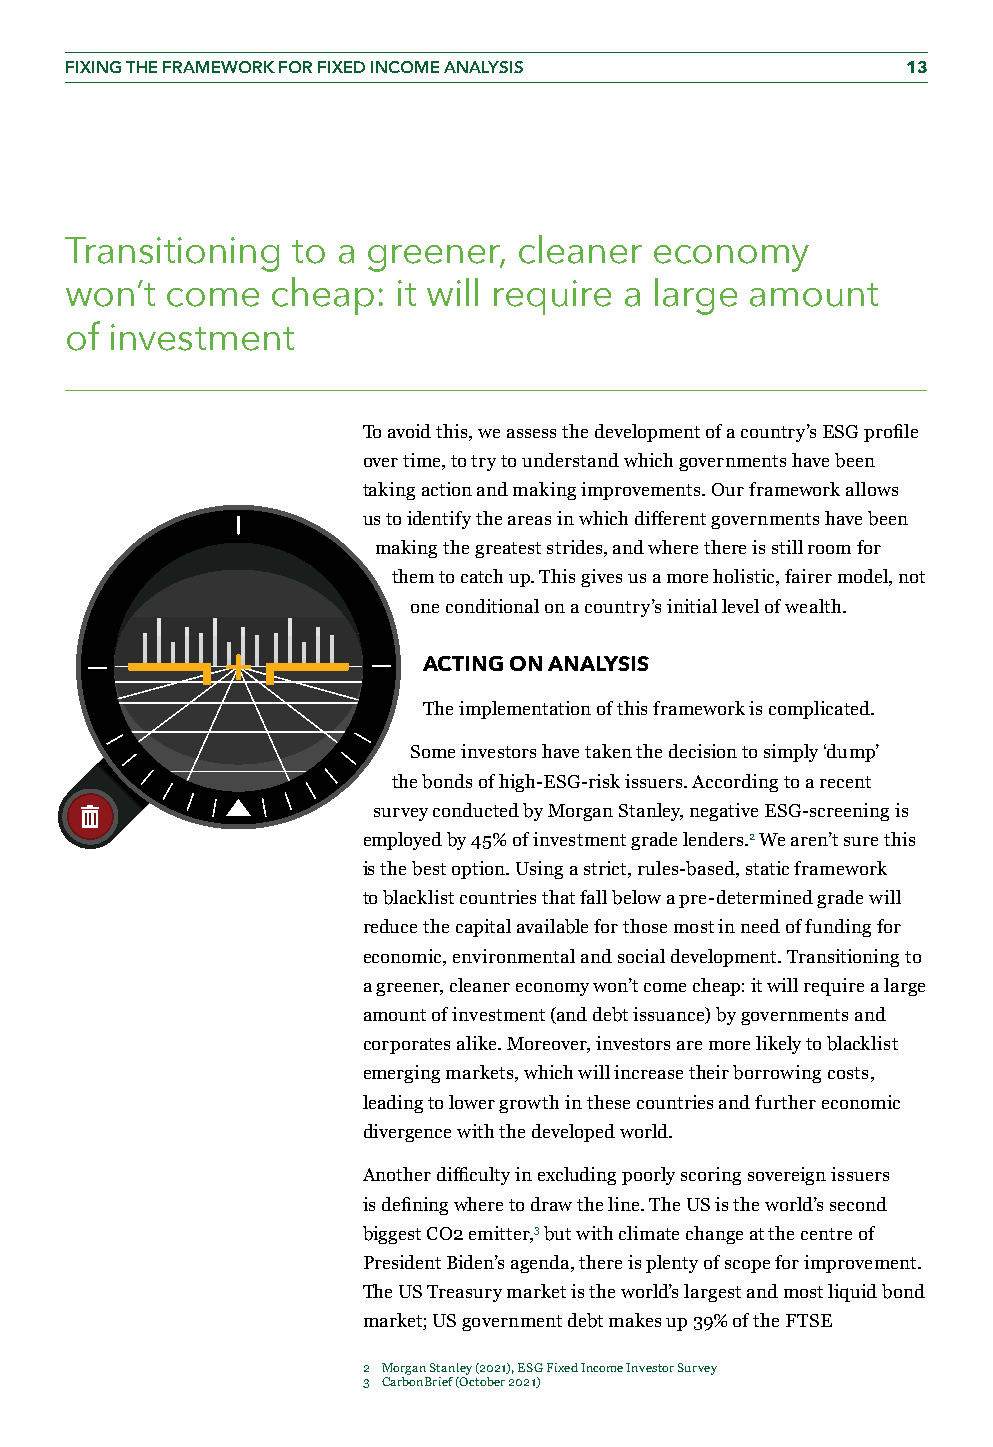
FIXING THE FRAMEWORK FOR FIXED INCOME ANALYSIS          13
 Transitioning  to a greener,  cleaner  economy
 won’t  come   cheap:  it will require a large amount
 of investment
 To avoid this, we assess the development of a country’s ESG profile
 over time, to try to understand which governments have been
 taking action and making improvements. Our framework allows
 us to identify the areas in which different governments have been
 making the greatest strides, and where there is still room for
 them to catch up. This gives us a more holistic, fairer model, not
 one conditional on a country’s initial level of wealth.
 ACTING ON ANALYSIS
 The implementation of this framework is complicated.
 Some investors have taken the decision to simply ‘dump’
 the bonds of high-ESG-risk issuers. According to a recent
 survey conducted by Morgan Stanley, negative ESG-screening is
 employed by 45% of investment grade lenders.2 We aren’t sure this
 is the best option. Using a strict, rules-based, static framework
 to blacklist countries that fall below a pre-determined grade will
 reduce the capital available for those most in need of funding for
 economic, environmental and social development. Transitioning to
 a greener, cleaner economy won’t come cheap: it will require a large
 amount of investment (and debt issuance) by governments and
 corporates alike. Moreover, investors are more likely to blacklist
 emerging markets, which will increase their borrowing costs,
 leading to lower growth in these countries and further economic
 divergence with the developed world.
 Another difficulty in excluding poorly scoring sovereign issuers
 is defining where to draw the line. The US is the world’s second
 biggest CO2 emitter,3 but with climate change at the centre of
 President Biden’s agenda, there is plenty of scope for improvement.
 The US Treasury market is the world’s largest and most liquid bond
 market; US government debt makes up 39% of the FTSE
 2 Morgan Stanley (2021), ESG Fixed Income Investor Survey
 3 CarbonBrief (October 2021)